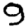
Digit: 9